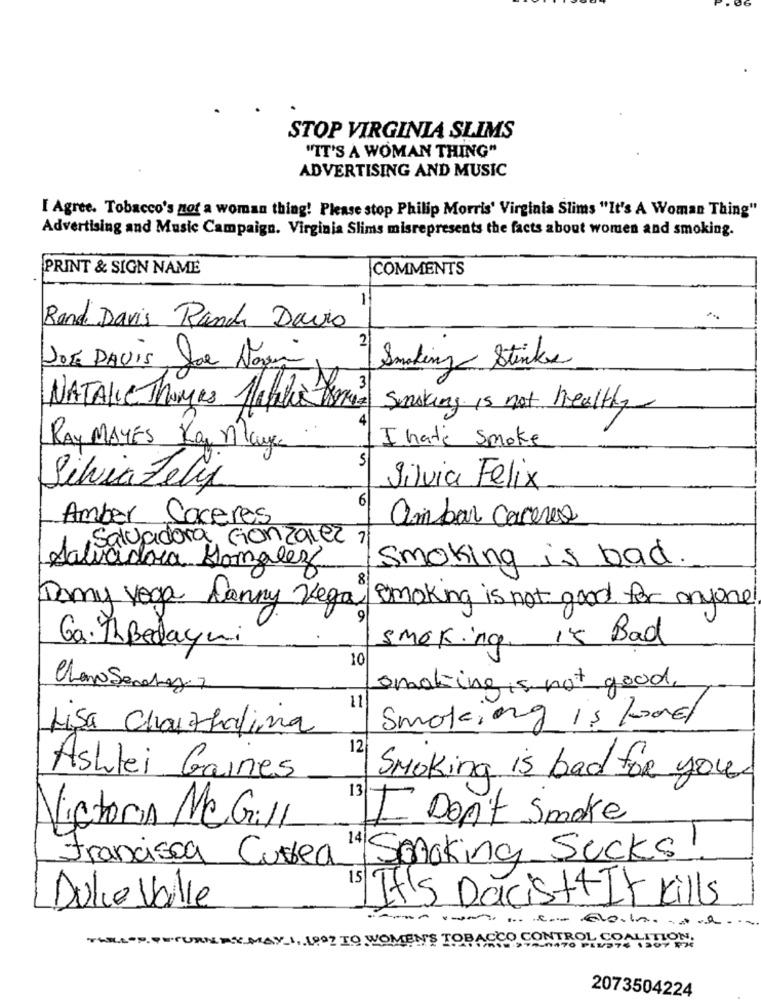
STOP VIRGINIA SLIMS
"IT'S A WOMAN THING"
ADVERTISING AND MUSIC
I Agree. Tobacco's not a woman thing! Please stop Philip Morris' Virginia Slims "It's A Woman Thing"
Advertising and Music Campaign. Virginia Slims misrepresents the facts about women and smoking.
PRINT & SIGN NAME
COMMENTS
1
Rand Davis Ranch Davis
JOE DAVIS Joe Again, 2Smoking Stinks
NATALIE Thomas Jihla 8oz
Smoking is not Healthy
RAY MAYES Kan May
Ihate Smoke
Silvia Feliz
Silvia Felix
6
Amber Caceres
ambar Carrero
Salvadora Gonzalez 7
Smoking is bad.
Salvadora Gonzalez
Domy Yoga Danny Vega
Smoking is not good for anyone
smoking. 15 Bad
Ga: ThBedayni
10
Claro Sendrag.2
smoking is not good.
11
Smoking is food
Lisa Chayzhalina
Ashlei Gaines
Smoking is bad for you
13
Victoria Mc Gill
I Don't Smoke
Francisca Curtea "/Smoking Sucks!
15
Dulce Valle
It's Dacist + It kills
THILLOP. FUFURNES MAY 1, 1999 TO WOMEN'S TOBACCO CONTROL COALITION.
2073504224